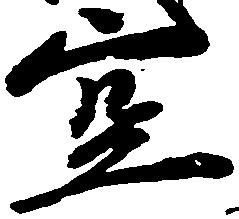
空